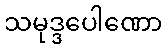
သမုဒ္ဒပေါဏော